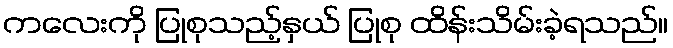
ကလေးကို ပြုစုသည့်နှယ် ပြုစု ထိန်းသိမ်းခဲ့ရသည်။